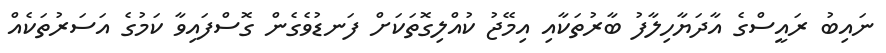
ނައިބު ރައީސްގެ އާދަޔާހިލާފު ބާރުތަކާއި އިމޭޖު ކުއްލިގޮތަކަށް ފަނޑުވެގެން ގޮސްފައިވާ ކަމުގެ އަސަރުތަކެއް